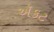
ઍકટ